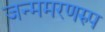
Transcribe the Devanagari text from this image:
जन्ममरणरुप